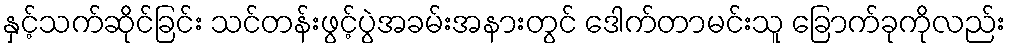
နှင့်သက်ဆိုင်ခြင်း သင်တန်းဖွင့်ပွဲအခမ်းအနားတွင် ဒေါက်တာမင်းသူ ခြောက်ခုကိုလည်း